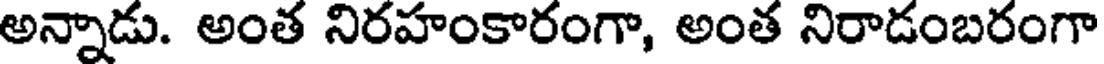
అన్నాడు. అంత నిరహంకారంగా, అంత నిరాడంబరంగా